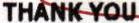
THANK YOU